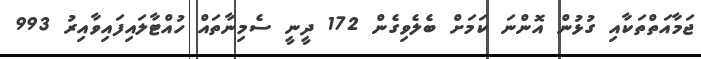
ޖަމާއަތްތަކާއި ގުޅުން އޮންނަ ކަމަށް ބެލެވިގެން 172 ދީނީ ސެމިނާތައް ހުއްޓާލައިފައިވާއިރު 993